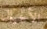
الأجيال